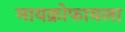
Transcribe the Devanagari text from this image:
मायक्रोफायला